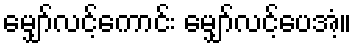
မျှော်လင့်ကောင်း မျှော်လင့်ပေအံ့။